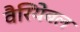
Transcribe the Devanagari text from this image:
वैरियेबल